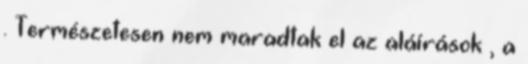
. Természetesen nem maradtak el az aláírások , a